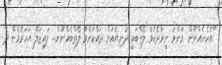
"އެހެނެއްނޫން. މަންމަ ނީރާދެކެވާ ލޯތްބަކީ ދުނިޔެއަށް ދައްކަންވާ ލޯތްބެއްނޫން... ލައިޒަލް އަހަރެމެން ދެ